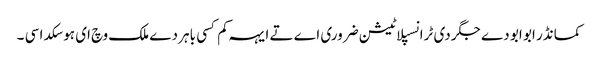
کمانڈر ابو ابو دے جگر دی ٹرانسپلاٹیشن ضروری اے تے ایہہ کم کسی باہر دے ملک وچ ای ہو سکدا سی ۔